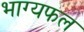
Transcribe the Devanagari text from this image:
भाग्यफल